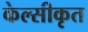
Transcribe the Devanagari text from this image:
केल्सीकृत